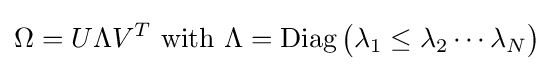
\Omega =U\Lambda V^{T}{\text{ with }}\Lambda =\operatorname {Diag} {\big (}\lambda _{1}\leq \lambda _{2}\cdots \lambda _{N}{\big )}